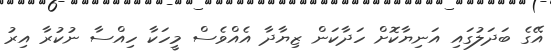
އޭގެ ބަދަލުގައި އަނިޔާކޮށް ހަދާކަން ޒިޔާދާ އެއްވެސް މީހަކާ ހިއްސާ ނުކުރާ އިރު